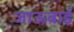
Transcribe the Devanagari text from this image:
जाऊबाई